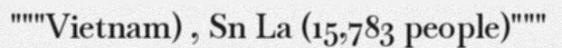
"""Vietnam) , Sn La (15,783 people)"""